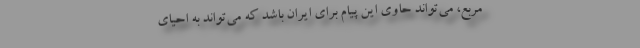
مربع، می‌تواند حاوی این پیام برای ایران باشد که می‌تواند به احیای